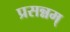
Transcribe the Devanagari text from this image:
प्रसन्नम्